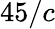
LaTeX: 45/c